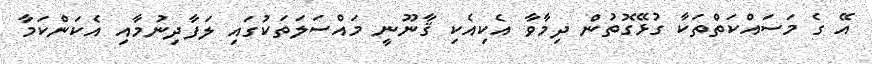
އޭ ގެ މަސައްކަތްތަކާ ގުޅޭގޮތުން ދިމާވާ އެކިއެކި ޤާނޫނީ މައްސަލަތަކުގައި ލަފާދިނުމާއި އެކަންކަމާ